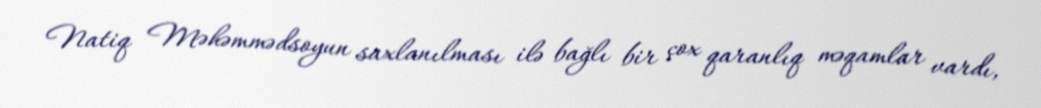
Natiq Məhəmmədsoyun saxlanılması ilə bağlı bir çox qaranlıq məqamlar vardı,